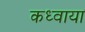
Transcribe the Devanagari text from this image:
कध्वाया